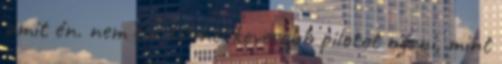
amit én. nem évi 10-nél kevesebb pilotot nézni, mint